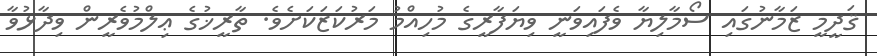
ޤަދީމީ ޒަމާނުގައި ސޯމާލިޔާ ވެފައިވަނީ ވިޔަފާރީގެ މުހިއްމު މަރުކަޒަކަށެވެ. ތާރީޚުގެ ޢިލްމުވެރީން ވިދާޅުވާ